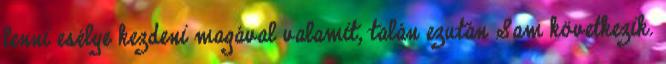
lenni esélye kezdeni magával valamit, talán ezután Sam következik.